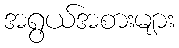
အရွယ်အစားများ